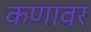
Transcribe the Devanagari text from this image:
कणावर